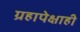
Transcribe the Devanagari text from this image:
ग्रहापेक्षाही